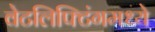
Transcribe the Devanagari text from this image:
वेटलिफ्टिंगमध्ये